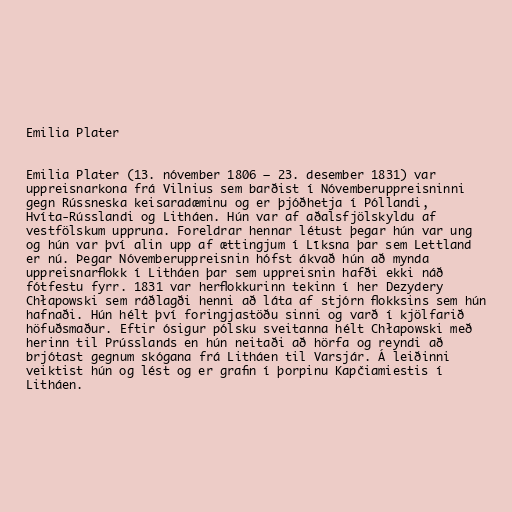
Emilia Plater

Emilia Plater (13. nóvember 1806 – 23. desember 1831) var
uppreisnarkona frá Vilnius sem barðist í Nóvemberuppreisninni
gegn Rússneska keisaradæminu og er þjóðhetja í Póllandi,
Hvíta-Rússlandi og Litháen. Hún var af aðalsfjölskyldu af
vestfölskum uppruna. Foreldrar hennar létust þegar hún var ung
og hún var því alin upp af ættingjum í Līksna þar sem Lettland
er nú. Þegar Nóvemberuppreisnin hófst ákvað hún að mynda
uppreisnarflokk í Litháen þar sem uppreisnin hafði ekki náð
fótfestu fyrr. 1831 var herflokkurinn tekinn í her Dezydery
Chłapowski sem ráðlagði henni að láta af stjórn flokksins sem hún
hafnaði. Hún hélt því foringjastöðu sinni og varð í kjölfarið
höfuðsmaður. Eftir ósigur pólsku sveitanna hélt Chłapowski með
herinn til Prússlands en hún neitaði að hörfa og reyndi að
brjótast gegnum skógana frá Litháen til Varsjár. Á leiðinni
veiktist hún og lést og er grafin í þorpinu Kapčiamiestis í
Litháen.